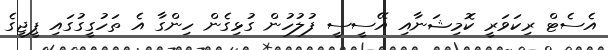
އެސެޓް ރިކަވަރީ ކޮމިޝަނާއި އޭސީސީ ފުލުހުން ގުޅިގެން ހިންގާ އެ ތަހުގީގުގައި ޕީޖީގެ